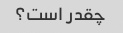
چقدر است؟